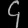
Digit: ၄